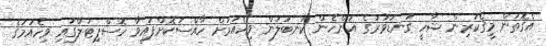
އެގޮތުން މީގެކުރިން ޝާހީ ގަނޑުވަރުގެ އަންހެން ކަނބަލުން ވިހެއުމަށް ހާއްސަކޮށްފައިވާ ހޮސްޕިޓަލްގައި ވިހެއުމުގެ